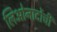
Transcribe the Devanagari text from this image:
लिओनार्दोची